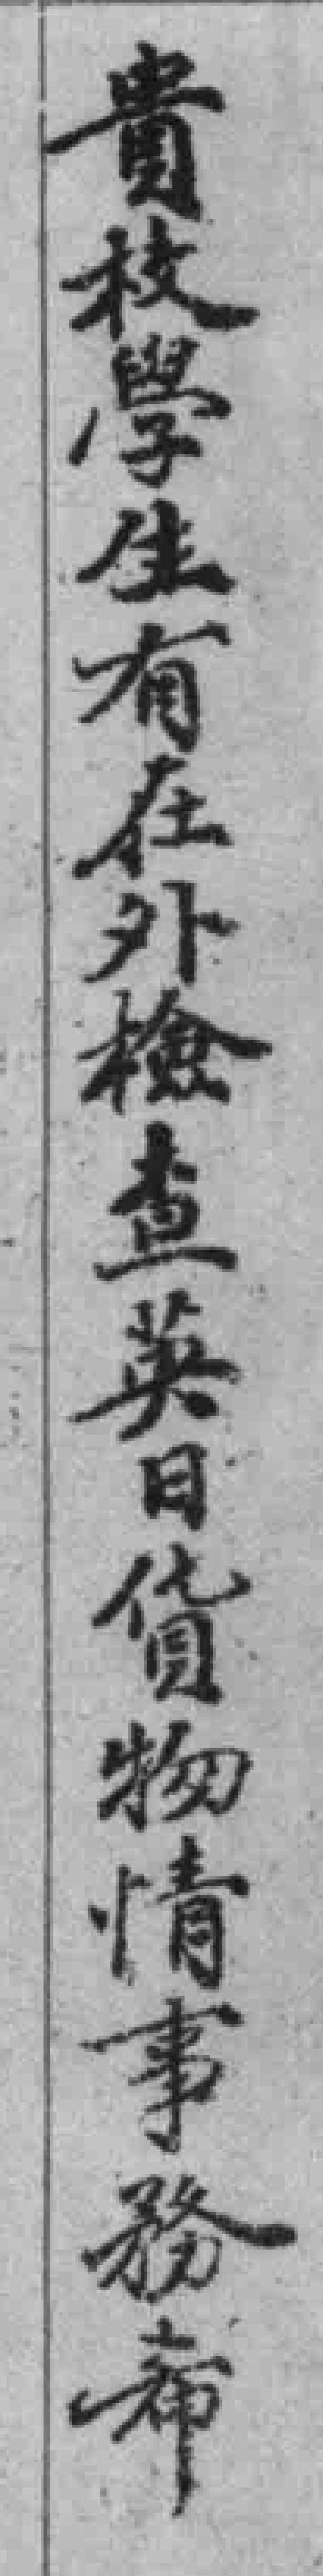
貴校學生有在外檢查英日貨物情事務希